Trukikaitis_Postimees, lk 48
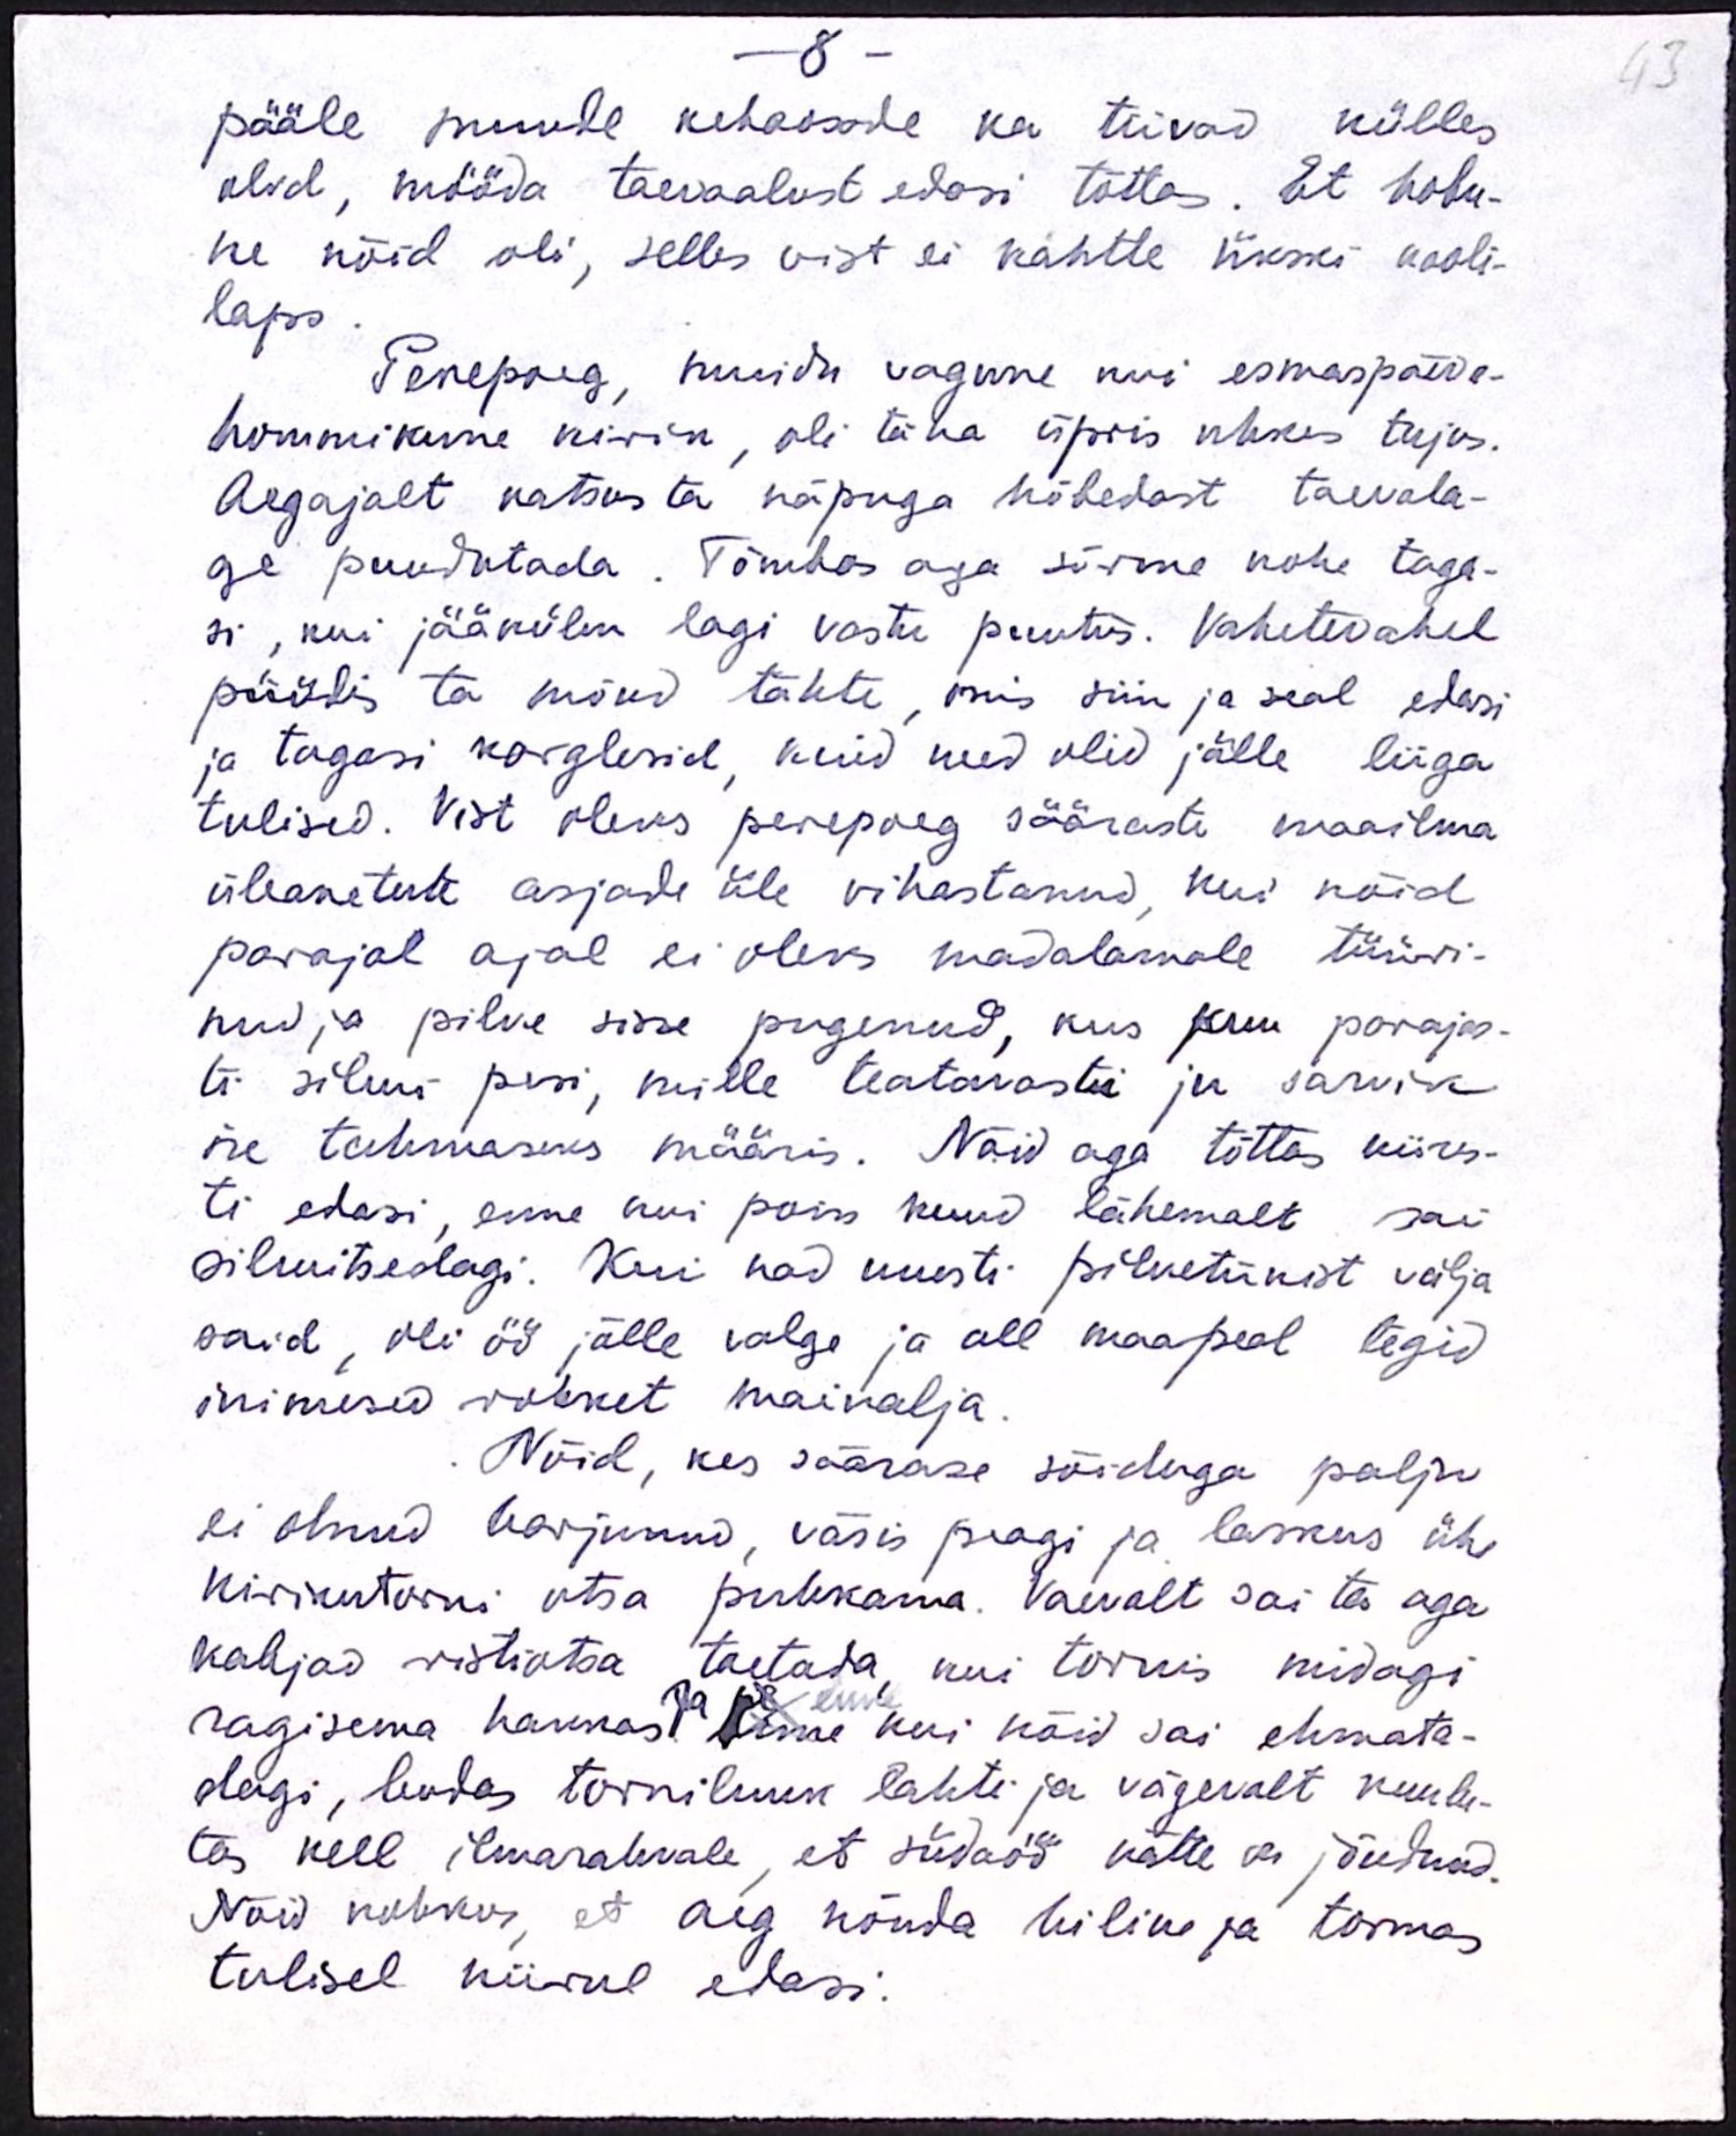
8 -
pääle muude kehaosde ka tiivad külles
olid, mööda taevaalust edasi tõttas. Et hobu-
he nõid oli, selles vist ei kahtle ükski kooli-
laps.
Perepoeg, muidu vagune nii esmaspäeva-
hommikune kirik, oli täha üpris uhkus tujus.
Aegajalt katsus ta näpuga hõbedast taevala-
ge puudutada. Tõmbas aga sõrme kohe taga-
si, kui jääkülm lagi vastu puutus. Vahetevahel
püülds ta mõnd tähte, mis siin ja seal edasi
ja tagasi karglesid, kuid need olid jälle liiga
tulised. Vist oleks perepoeg sääraste maailma
üleanetute asjade üle vihastanud, kui nõid
parajal ajal ei oleks madalamale tüüri-
nud ja pilve sisse põgenud, kus kuu parajas-
ti silmi pesi, mille teatavasti ju sarvik
ise tahmaseks määris. Nõid aga tõttas kiires-
ti edasi, enne lui poiss kuud lähemalt sai
silmitsedagi. Kui nad uuesti pilvetükist välja
said, oli öö jälle valge ja all maapeal tegid
inimesed rohket, mainalja
Nöid, kes säärase sõiduga palju
ei olnud harjunud, väsis peagi ja laskus ühe
kirikutorni otsa puhkama. Vaevalt sai ta aga
kabjad ristiotsa toetada, kui tornis midagi
ragisema hakkas! Ja enne kui nõid sai ehmata-
dagi, leudes torniluuk lahti ja vägevalt kuulu-
tas kell ilmarahvale, et südaöö kätte on jõudnud.
Nõid kohkus, et aeg nõuda hiline ja tormas
tulisel niirul edasi.

43